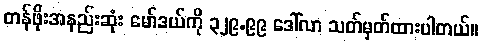
တန်ဖိုးအနည်းဆုံး မော်ဒယ်ကို ၃၂၉.၉၉ ဒေါ်လာ သတ်မှတ်ထားပါတယ်။